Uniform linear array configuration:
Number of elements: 4
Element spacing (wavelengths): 0.25
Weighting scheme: hamming
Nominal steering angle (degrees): -30
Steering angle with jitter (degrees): -28.495
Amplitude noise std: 0.05
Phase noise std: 0.05

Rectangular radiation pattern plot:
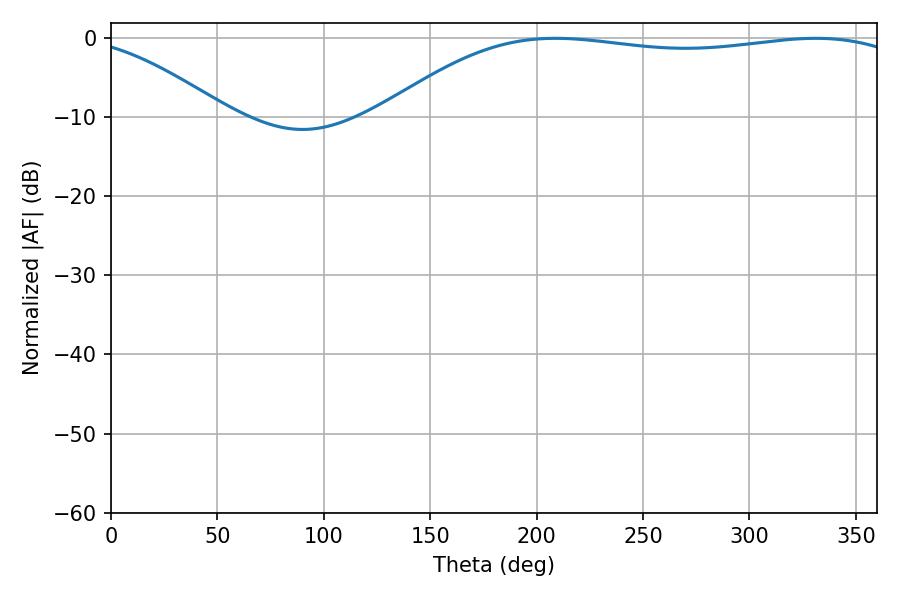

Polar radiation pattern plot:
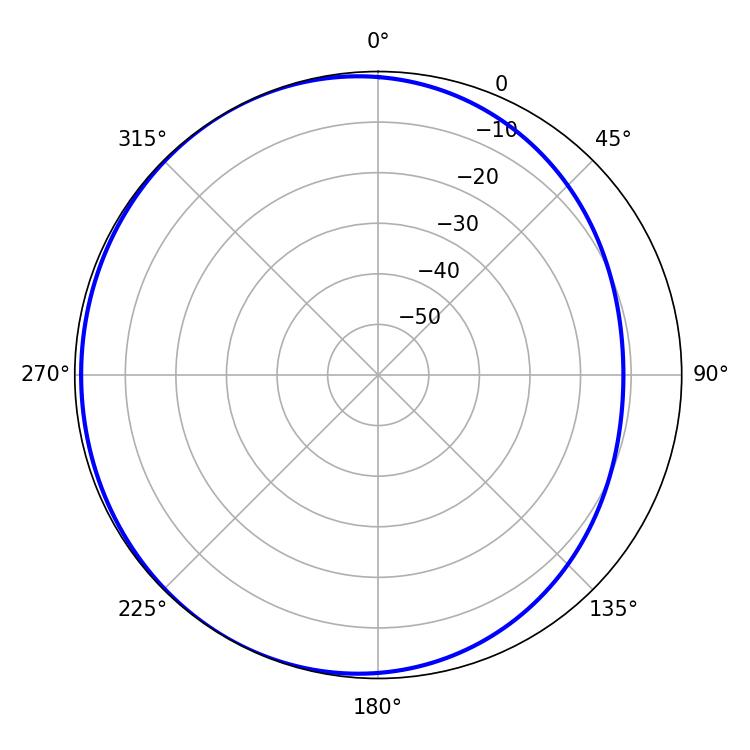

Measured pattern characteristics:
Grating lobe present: FALSE
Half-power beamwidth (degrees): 198
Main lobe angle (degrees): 208.8